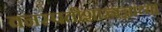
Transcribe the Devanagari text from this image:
वनस्पतीशास्त्रज्ञांच्या